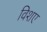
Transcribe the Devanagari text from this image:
विशए